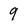
Character: 9